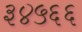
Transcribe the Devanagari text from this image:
३४५६६